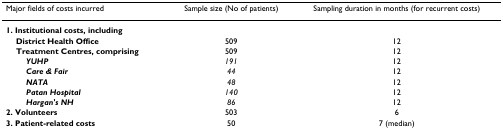
<table><thead><tr><td><b>Major fields of costs incurred</b></td><td><b>Sample size (No of patients)</b></td><td><b>Sampling duration in months (for recurrent costs)</b></td></tr></thead><tbody><tr><td><b>1. Institutional costs, including</b></td><td></td><td></td></tr><tr><td> <b>District Health Office</b></td><td>509</td><td>12</td></tr><tr><td> <b>Treatment Centres, comprising</b></td><td>509</td><td>12</td></tr><tr><td><b><i>YUHP</i></b></td><td><i>191</i></td><td>12</td></tr><tr><td><b><i>Care &amp; Fair</i></b></td><td><i>44</i></td><td>12</td></tr><tr><td><b><i>NATA</i></b></td><td><i>48</i></td><td>12</td></tr><tr><td><b><i>Patan Hospital</i></b></td><td><i>140</i></td><td>12</td></tr><tr><td><b><i>Hargan&#x27;s NH</i></b></td><td><i>86</i></td><td>12</td></tr><tr><td><b>2. Volunteers </b></td><td>503</td><td>6</td></tr><tr><td><b>3. Patient-related costs</b></td><td>50</td><td>7 (median)</td></tr></tbody></table>